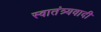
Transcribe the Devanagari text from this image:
स्वातंत्र्यवादी